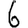
Digit: 6